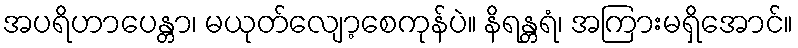
အပရိဟာပေန္တာ၊ မယုတ်လျော့စေကုန်ပဲ။ နိရန္တရံ၊ အကြားမရှိအောင်။